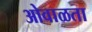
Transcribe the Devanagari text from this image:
ओवाळता